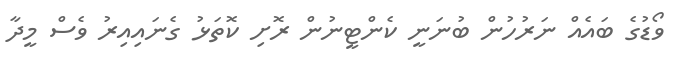
ވޯޑުގެ ބައެއް ނަރުހުން ބުނަނީ ކެންޓީނުން ރޮށި ކޮތަޅު ގެނައިއިރު ވެސް މީދާ